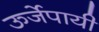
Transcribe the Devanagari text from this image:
ऊर्जेपायी